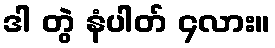
ဒါ တွဲ နံပါတ် ၄လား။